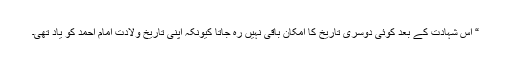
“ اِس شہادت کے بعد کوئی دوسری تاریخ کا اِمکان باقی نہیں رہ جاتا کیونکہ اپنی تاریخ ولادت امام احمد کو یاد تھی۔